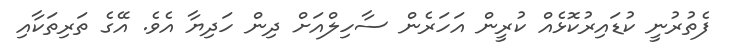
ފެތުރުނީ ކުޑައިރުކޮޅެއް ކުރީން އަހަރެން ސާހިލްއަށް ދިން ހަދިޔާ އެވެ. އޭގެ ތަރިތަކާއި